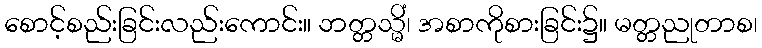
စောင့်စည်းခြင်းလည်းကောင်း။ ဘတ္တသ္မိံ၊ အစာကိုစားခြင်း၌။ မတ္တညုတာစ၊